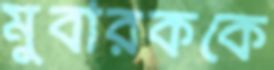
মুবারককে